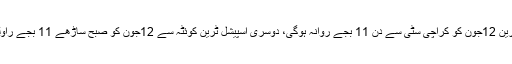
پہلی عید اسپیشل ٹرین 12جون کو کراچی سٹی سے دن 11 بجے روانہ ہوگی، دوسری اسپیشل ٹرین کوئٹہ سے 12جون کو صبح ساڑھے 11 بجے راولپنڈی روانہ ہوگی۔